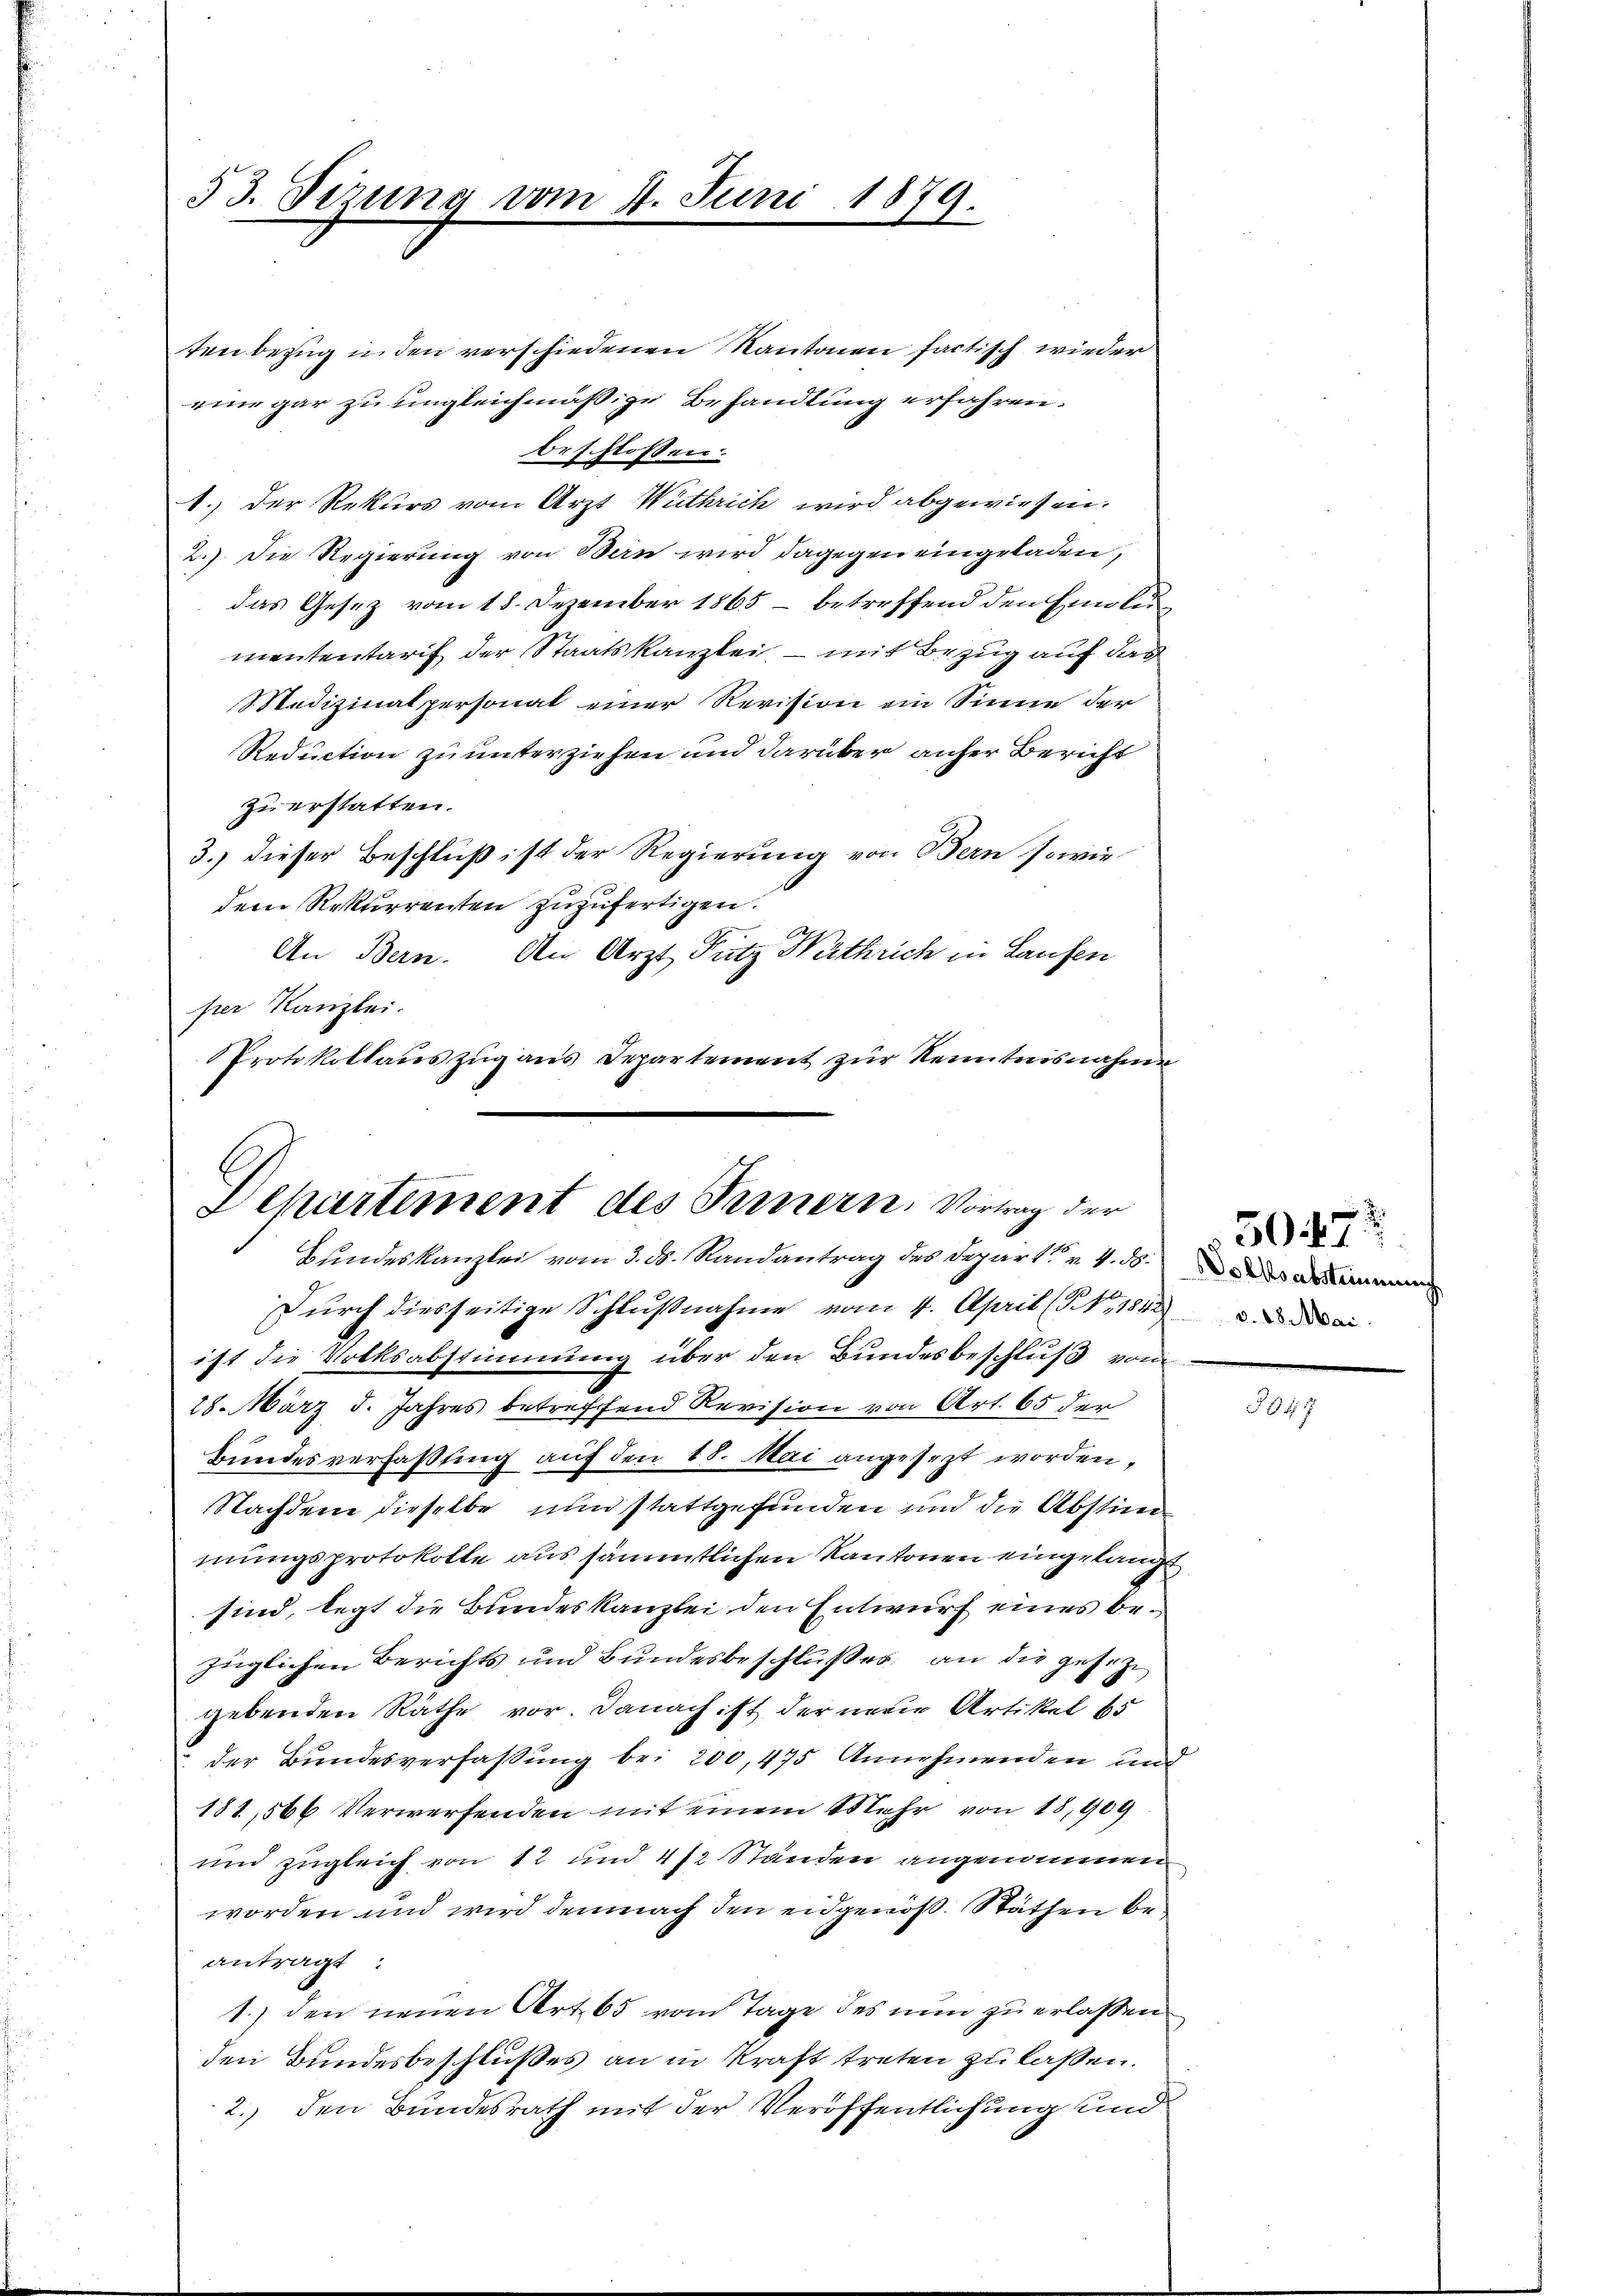
tenbezug in den verschiedenen Kantonen factisch wieder
eine gar zu ungleichmäßige Behandlung erfahren.
beschlossen:
1.) Der Rekurs vom Arzt Wuthrich wird abgewiesen.
2.) Die Regierung von Bern wird dagegen eingeladen,
das Gesez vom 18. Dezember 1865 – betreffend den Emolumententarif der Staatskanzlei, – mit Bezug auf das
Medizinalpersonat einer Revision ein Sinne der
Reduction zu unterziehen und darüber anfer Bericht
zu erstatten.
3.) dieser Beschluß ist der Regierung von Bern sowie
dem Rekurrenten zuzufertigen.
An Bern. An Arzt Fütz Nathrich in Laufen
per Kanzlei.
Protokollaŭszŭg ans Departement zur Kenntnisnahme

53. Sizung vom 4. Juni

1879.

.
Departement des Innern. Vortrag der
Bundeskanzlei vom 3. ds. Randantrag des Depart v. 4. ds. m

Durch diesseitige Schlußnahme vom 4. April (NNo. 1842 a
ist die Volksabstimmung über den Bundesbeschluß vom
28. März d. Jahres betreffend Revision von Art. 65 der
Bundesverfaßung auf den 18. Mai angesezt worden,
Nachdene dieselbe nun stattgefunden und die Abstim
mungsprotokolle aus sämmtlichen Kantonen eingelangt
sind, legt die Bundeskanzlei den Entwurf eines bezüglichen Berichts und Bundesbeschlußes an die gesetze
gebenden Räthe vor. Danach ist der neue Artikel 65
der Bundesverfassung bei 200, 475 Annehmenden und
181,566 Verwerfenden mit einem Mehr von 18, 909
und zugleich von 12 und 412 Ständen angenommen
worden und wird demnach den eidgenöß. Näthen beantragt:
1.) den neuen Art. 65 vom Tage des nun zu erlaßen
den Bundesbeschlußes an in Kraft treten zu laßen.
2.) den Bundesrath mit der Veröffentlichung und

501

5947